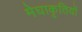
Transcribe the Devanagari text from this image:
मेघाकृतियों